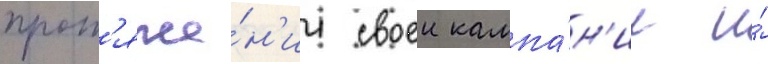
прот'яже́н'ии своеи кампа́н'ии и́